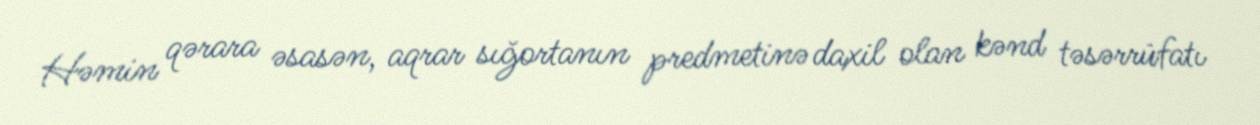
Həmin qərara əsasən, aqrar sığortanın predmetinə daxil olan kənd təsərrüfatı